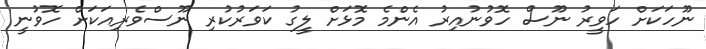
ނޫހަކަށް ހަވީރު ނޫސް ހޮވުނުއިރު އެންމެ މޮޅަށް ލީގު ކަވަރުކުރި ނޫސްވެރިއަކަށް ހޮވުނީ